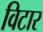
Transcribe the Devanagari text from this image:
विटार